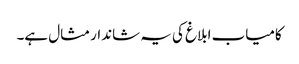
کامیاب ابلاغ کی یہ شاندار مثال ہے۔